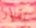
نقدر